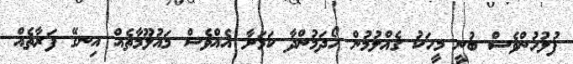
ފުލުހުންވެސް ބުނީ މީހަކު ގެއްލުމުން ހޯދަމުންދާ ކަމަށާ އެއްވެސް މައުލޫމާތެއް އިނގޭ ފަރާތެއް